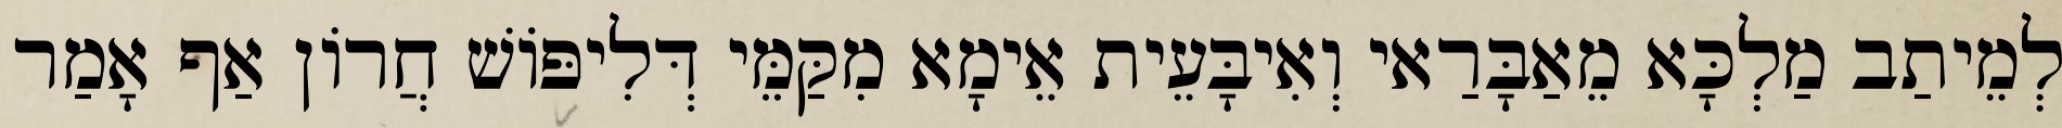
לְמֵיתַב מַלְכָּא מֵאַבָּרַאי וְאִיבָּעֵית אֵימָא מִקַּמֵּי דְּלִיפּוֹשׁ חֲרוֹן אַף אָמַר